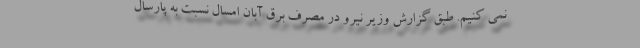
نمی کنیم. طبق گزارش وزیر نیرو در مصرف برق آبان امسال نسبت به پارسال